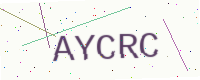
Text: AYCRC